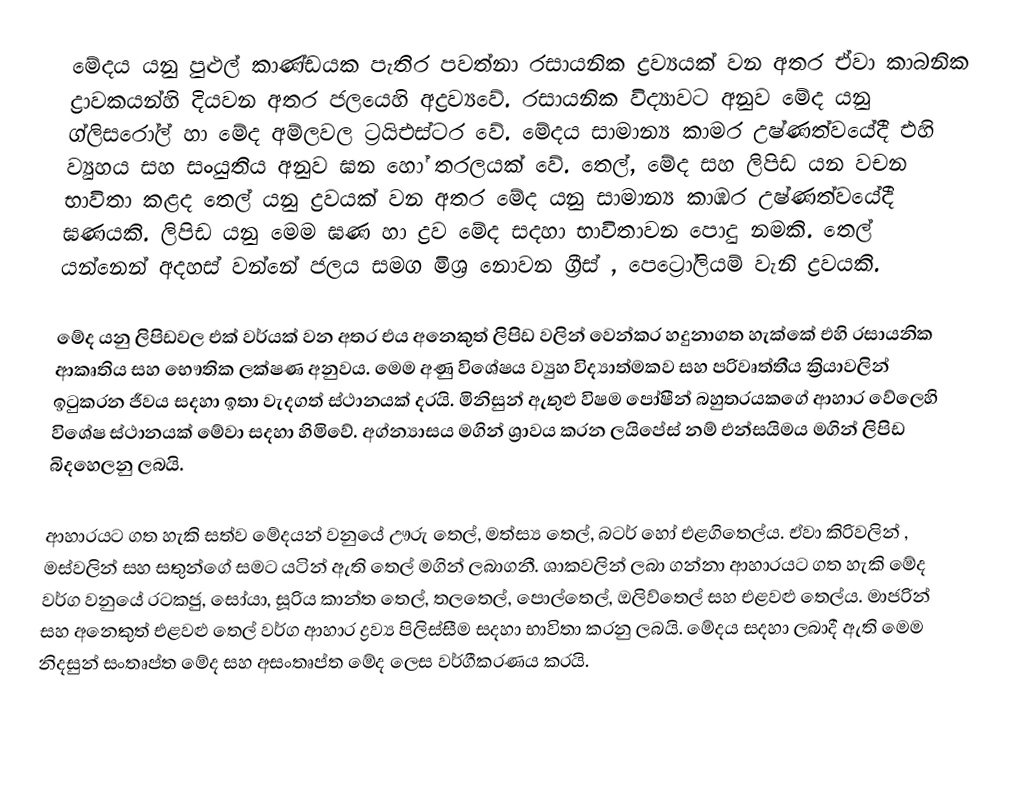
මේදය යනු පුළුල් කාණ්ඩයක පැතිර පවත්නා රසායනික ද්‍රව්‍යයක් වන අතර ඒවා කාබනික ද්‍රාවකයන්හි දියවන අතර ජලයෙහි අද්‍රව්‍යවේ. රසායනික විද්‍යාවට අනුව මේද යනු ග්ලිසරෝල් හා මේද අම්ලවල ට්‍රයිඑස්ටර වේ. මේදය සාමාන්‍ය කාමර උෂ්ණත්වයේදී එහි ව්‍යුහය සහ සංයුතිය අනුව ඝන හෝ තරලයක් වේ. තෙල්, මේද සහ ලිපිඩ යන වචන භාවිතා කළද තෙල් යනු ද්‍රවයක් වන අතර මේද යනු සාමාන්‍ය කාඹර උෂ්ණත්වයේදී ඝණයකි. ලිපිඩ යනු මෙම ඝණ හා ද්‍රව මේද සදහා භාවිතාවන පොදු නමකි. තෙල් යන්නෙන් අදහස් වන්නේ ජලය සමග මිශ්‍ර නොවන ග්‍රීස් , පෙට්‍රෝලියම් වැනි ද්‍රවයකි.

මේද යනු ලිපිඩවල එක් වර්යක් වන අතර එය අනෙකුත් ලිපිඩ වලින් වෙන්කර හදුනාගත හැක්කේ එහි රසායනික ආකෘතිය සහ භෞතික ලක්ෂණ අනුවය. මෙම අණු විශේෂය ව්‍යුහ විද්‍යාත්මකව සහ පරිවෘත්තීය ක්‍රියාවලින් ඉටුකරන ජීවය සදහා ඉතා වැදගත් ස්ථානයක් දරයි. මිනිසුන් ඇතුළු විෂම පෝෂීන් බහුතරයකගේ ආහාර වේලෙහි විශේෂ ස්ථානයක් මේවා සදහා හිමිවේ. අග්න්‍යාසය මගින් ශ්‍රාවය කරන ලයිපේස් නම් එන්සයිමය මගින් ලිපිඩ බිදහෙලනු ලබයි.

ආහාරයට ගත හැකි සත්ව මේදයන් වනුයේ ඌරු තෙල්, මත්ස්‍ය තෙල්, බටර් හෝ එළගිතෙල්ය. ඒවා කිරිවලින් , මස්වලින්  සහ සතුන්ගේ සමට යටින් ඇති තෙල් මගින් ලබාගනී. ශාකවලින් ලබා ගන්නා ආහාරයට ගත හැකි මේද වර්ග වනුයේ රටකජු, සෝයා, සූරිය කාන්ත තෙල්, තලතෙල්, පොල්තෙල්, ඔලිව්තෙල් සහ එළවළු තෙල්ය. මාජරින් සහ අනෙකුත් එළවළු තෙල් වර්ග ආහාර ද්‍රව්‍ය පිලිස්සීම සදහා භාවිතා කරනු ලබයි. මේදය සදහා ලබාදී ඇති මෙම නිදසුන් සංතෘප්ත මේද සහ අසංතෘප්ත මේද ලෙස වර්ගීකරණය කරයි.